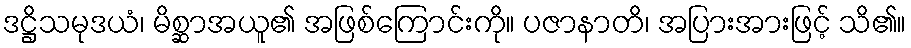
ဒဋ္ဌိသမုဒယံ၊ မိစ္ဆာအယူ၏ အဖြစ်ကြောင်းကို။ ပဇာနာတိ၊ အပြားအားဖြင့် သိ၏။